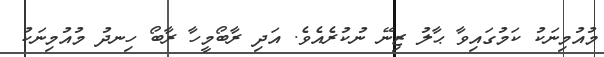
މުއުމިނަކު ކަމުގައިވާ ޙާލު ޒިނޭ ނުކުރެއެވެ. އަދި ރާބޯމީހާ ރާބޯ ހިނދު މުއުމިނަކު